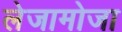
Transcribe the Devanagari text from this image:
लेजामोजा